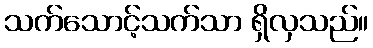
သက်သောင့်သက်သာ ရှိလှသည်။